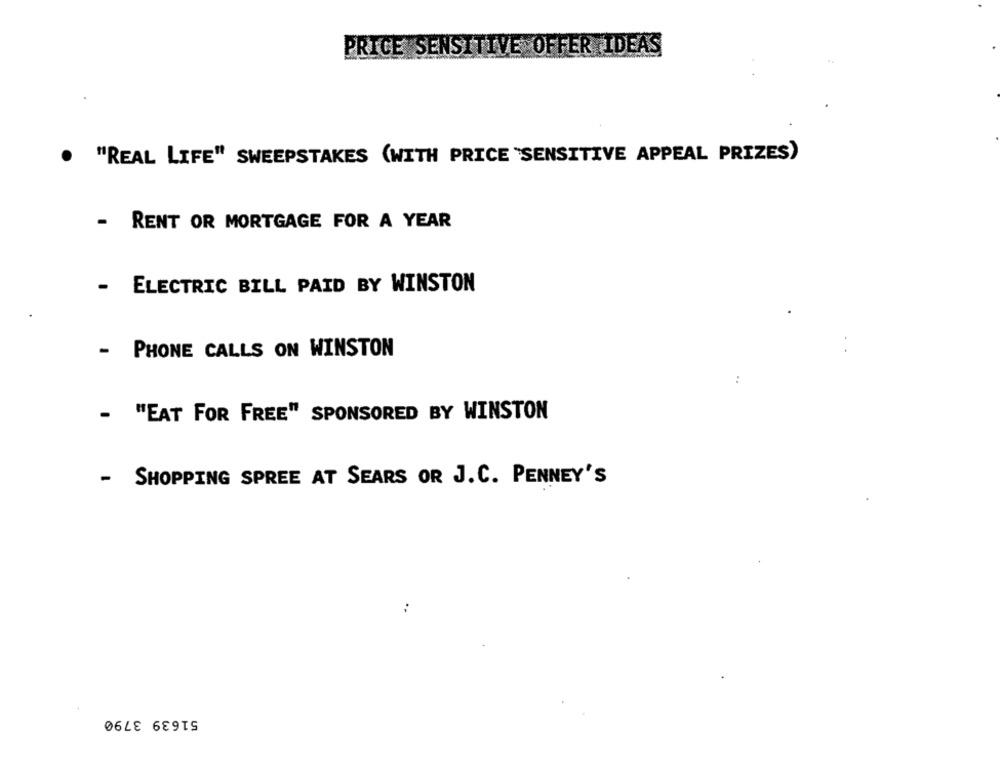
PRICE SENSITIVE OFFER IDEAS
. "REAL LIFE" SWEEPSTAKES (WITH PRICE "SENSITIVE APPEAL PRIZES)
- RENT OR MORTGAGE FOR A YEAR
-
ELECTRIC BILL PAID BY WINSTON
- PHONE CALLS ON WINSTON
:
- "EAT FOR FREE" SPONSORED BY WINSTON
- SHOPPING SPREE AT SEARS OR J.C. PENNEY'S
51639 3790